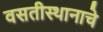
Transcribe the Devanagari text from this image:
वसतीस्थानाचे